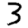
Digit: 3